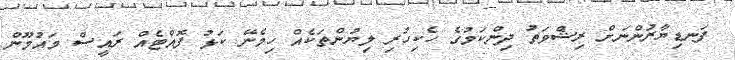
ފަނޑިޔާރުންނަށް ރިޝްވަތު ދިންކަމުގެ ހެކިހުރި ލިޔުންތަކެއް ހިމެނޭ ކަޅު ފޮއްޓެއް ރައީސް މައުމޫން